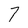
Character: 7